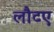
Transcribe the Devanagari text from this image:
लौटए